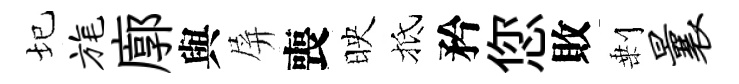
圮旄廓與屏喪映抵矜您敗剰曩